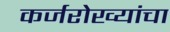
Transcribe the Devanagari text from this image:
कर्जरोख्यांचा